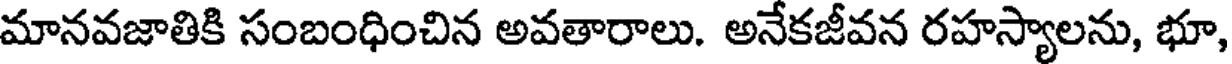
మానవజాతికి సంబంధించిన అవతారాలు. అనేకజీవన రహస్యాలను, భూ,